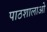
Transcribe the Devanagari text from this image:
पाठशालाओ